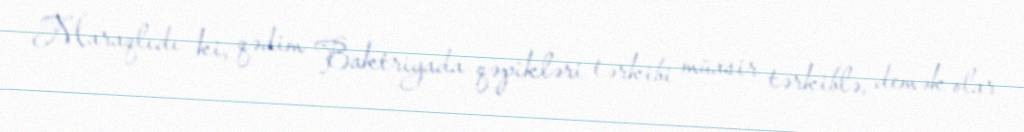
Maraqlıdı ki, qədim Baktriyada qəpikləri tərkibi müasir tərkiblə, demək olar